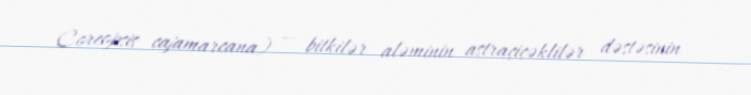
Coreopsis cajamarcana) — bitkilər aləminin astraçiçəklilər dəstəsinin